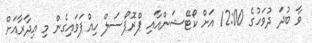
ވާ ބުދަ ދުވަހުގެ 12:00 އަށް ކޯޓޭޝަންއާއި ޕްރޮޕޯސަލް ހިއްޕަވައިގެން މި އިދާރާއަށް